Annual administration report of the Civil Veterinary Department of India - 1908-1909
Year: 1908
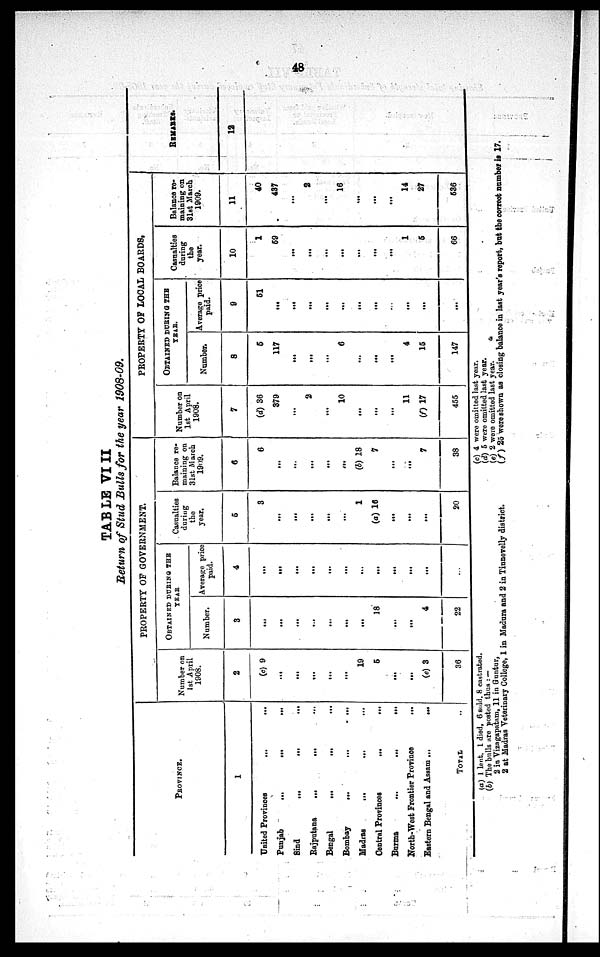
48
TABLE VIII
Return of Stud Bulls for the year 1908-09.
PROVINCE.
1
United Provinces
...
...
Punjab
...
...
...
Sind
...
...
...
Rajputana
...
...
...
Bengal
...
...
...
Bombay
...
...
...
Madras
... ... ...
Central Provinces
...
...
Burma
...
...
...
North-West Frontier Province
...
Eastern Bengal and Assam ...
...
TOTAL ..
PROPERTY OF GOVERNMENT.
Number on
1st April
1908.
2
(c) 9
...
...
...
...
...
19
5
...
...
(e) 3
36
OBTAINED DURING THE
YEAR
Number.
3
...
...
...
...
...
...
...
18
...
...
4
22
Average price
paid.
4
...
...
...
...
...
...
...
...
...
...
...
...
Casualties
during
the
year.
5
3
...
...
...
...
...
1
(a) 16
...
...
...
20
Balance re-
maining on
31st March
1909.
6
6
...
...
...
...
...
(b) 18
7
...
...
7
38
PROPERTY OF LOCAL BOARDS.
Number on
1st April
1908.
7
(d) 36
379
...
2
...
10
...
...
...
11
(f) 17
455
OBTAINED DURING THE
YEAR.
Number.
8
5
117
...
...
...
6
...
...
...
4
15
147
Average price
paid.
9
51
...
...
...
...
...
...
...
...
...
...
...
Casualties
during
the
year.
10
1
59
...
...
...
...
...
...
...
1
5
66
Balance re-
maining on
31st March
1909.
11
40
437
...
2
...
16
...
...
...
14
27
536
REMARKS.
12
(a) 1 lent, 1 died, 6 sold, 8 castrated.
(b) The bulls are posted thus :—
2 in Vizagapatam, 11 in Guntur,
2 at Madras Veterinary College, 1 in Madura and 2 in Tinnevelly district.
(c) 4 were omitted last year.
(d) 5 were omitted last year.
(e) 2 were omitted last year.
(f) 25 were shown as closing balance in last year's report, but the correct number is 17.